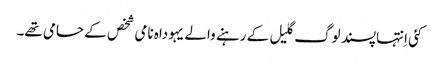
‏ کئی اِنتہاپسند لوگ گلیل کے رہنے والے یہوداہ نامی شخص کے حامی تھے۔